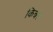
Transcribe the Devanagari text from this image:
किन्रर